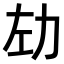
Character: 𫦦